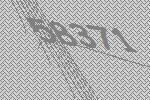
58371